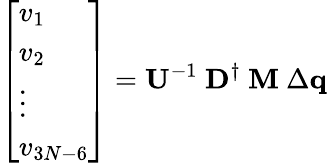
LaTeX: \left[\begin{array}{l}{v_{1}}\\ {v_{2}}\\ {\vdots}\\ {v_{3N-6}}\end{array}\right]=\mathbf{U}^{-1}\ \mathbf{D}^{\dagger}\ \mathbf{M}\ \Delta\mathbf{q}